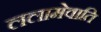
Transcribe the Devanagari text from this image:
ललामेवाति